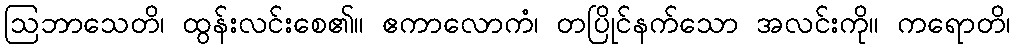
ဩဘာသေတိ၊ ထွန်းလင်းစေ၏။ ဧကာလောကံ၊ တပြိုင်နက်သော အလင်းကို။ ကရောတိ၊